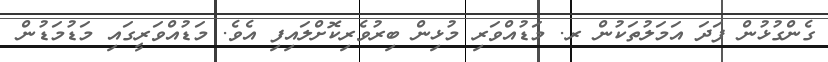
ގެންގުޅުން ފަދަ އަމަލުތަކުން ރ. މަޑުއްވަރި މުޅިން ބިރުވެރިކޮށްލައިފި އެވެ. މަޑުއްވަރީގައި މަޑުމަޑުން